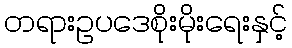
တရားဥပဒေစိုးမိုးရေးနှင့်